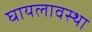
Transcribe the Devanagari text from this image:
घायलावस्था